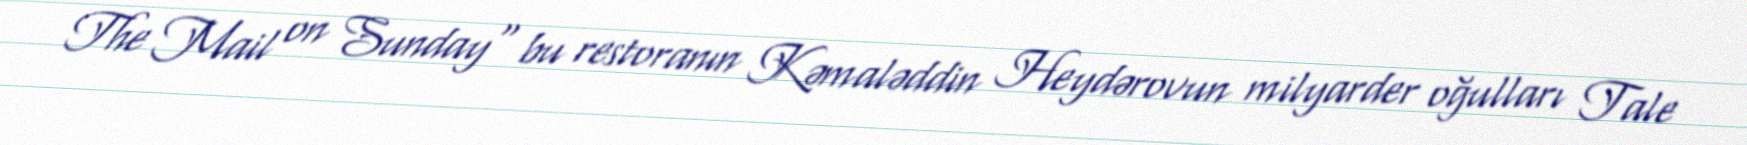
The Mail on Sunday" bu restoranın Kəmaləddin Heydərovun milyarder oğulları Tale